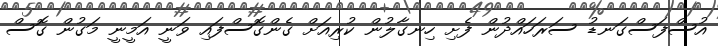
އުސްފަސްގަނޑު ސަރަހައްދުން ފެށި ހިނގާލުން ކުރިއަށް ގެންގޮސްފައި ވަނީ އަމީނީ މަގުން ގޮސް